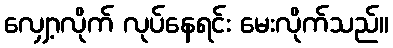
လျှော့လိုက် လုပ်နေရင်း မေးလိုက်သည်။